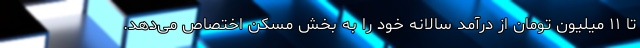
تا ۱۱ میلیون تومان از درآمد سالانه خود را به بخش مسکن اختصاص می‌دهد.